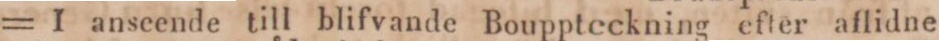
= I anseende till blifvande Bouppteckning efter aflidne